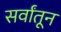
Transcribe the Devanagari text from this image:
सर्वांतून